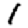
Digit: 1